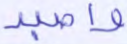
واصبر